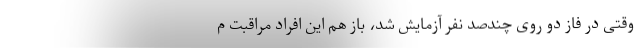
وقتی در فاز دو روی چندصد نفر آزمایش شد، باز هم این افراد مراقبت م